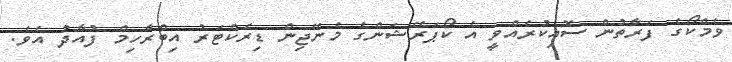
ވެމްކޯގެ ފަރާތުން ސޮއިކުރެއްވީ އެ ކޯޕަރޭޝަންގެ މެނޭޖިން ޑިރެކްޓަރު އިބްރާހިމް ފުއާދު އެވެ.